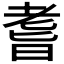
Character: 𦓀